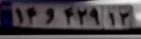
۱۴و۴۲۹۱۳